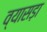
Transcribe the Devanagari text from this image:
व्यासड़ा